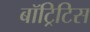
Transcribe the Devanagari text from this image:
बॉट्रिटिस